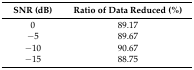
| SNR (dB) | Ratio of Data Reduced (%) |
 | --- | --- |
 | 0 | 89.17 |
 | −5 | 89.67 |
 | −10 | 90.67 |
 | −15 | 88.75 |